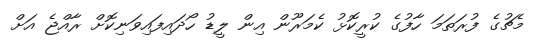
މެޗުގެ ފުރަތަމަ ހާފުގެ ކުރީކޮޅު ކެމަރޫން އިން ލީޑު ހޯދައިފައިވަނިކޮށް ރާއްޖެ އަށް